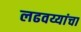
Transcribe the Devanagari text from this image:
लढवय्यांचा